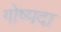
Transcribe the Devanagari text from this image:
गोष्पदा